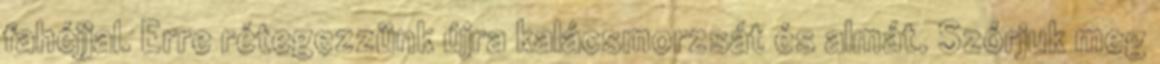
fahéjjal. Erre rétegezzünk újra kalácsmorzsát és almát. Szórjuk meg